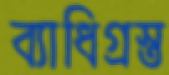
ব্যাধিগ্রস্ত